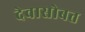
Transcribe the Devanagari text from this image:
देवासोबत